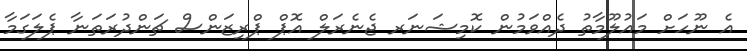
އެ ނޫހަށް މައުލޫމާތު ދެއްވަމުން ކޮމިޝަނަރ ޖެނެރަލް އޮޕް ޕްރިޒަންސް ޗަންދުރަތަނާ ޕެލަގަމާ